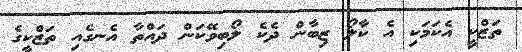
ތަޒްކީ އެކަމަކި އެ ކާލޯ ޒިބާން ދެކެ ލޯބިވޭކަން ދައްތާ އެނގެއި ތަޒްކީގެ